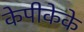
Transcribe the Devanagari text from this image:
केपीकेके